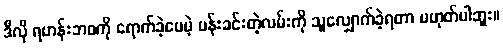
ဒီလို ရဟန်းဘဝကို ရောက်ခဲ့ပေမဲ့ ပန်းခင်းတဲ့လမ်းကို သူလျှောက်ခဲ့ရတာ မဟုတ်ပါဘူး။